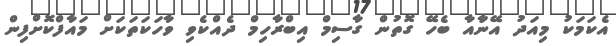
އެކަމަކު މިއަދު އޭނާައާ ބެހޭ ގޮތުން ގާސިމް އިބްރާހިމް ދެއްކެވި ވާހަކަތަކަށް މައާފްކޮށްފިން